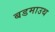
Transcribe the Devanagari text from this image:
बडमाउथ